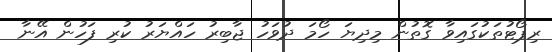
ރިޕޯޓުތަކުގައިވާ ގޮތުން މިިދިޔަ ހޯމަ ދުވަހު ޖާބިރު ހައްޔަރު ކުރި ފަހުން އޭނާ